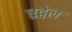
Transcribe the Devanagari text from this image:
एट्वेल